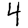
Digit: 4